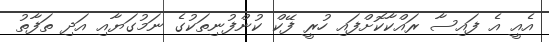
އެއީ އެ ފައިސާ ރައްކާކޮށްފައި ހުރީ ފޭކް ކުންފުނިތަކުގެ ނަމުގަޔާއި އަދި ތަފާތު